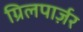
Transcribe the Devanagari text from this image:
ग्रिलपार्ज़र